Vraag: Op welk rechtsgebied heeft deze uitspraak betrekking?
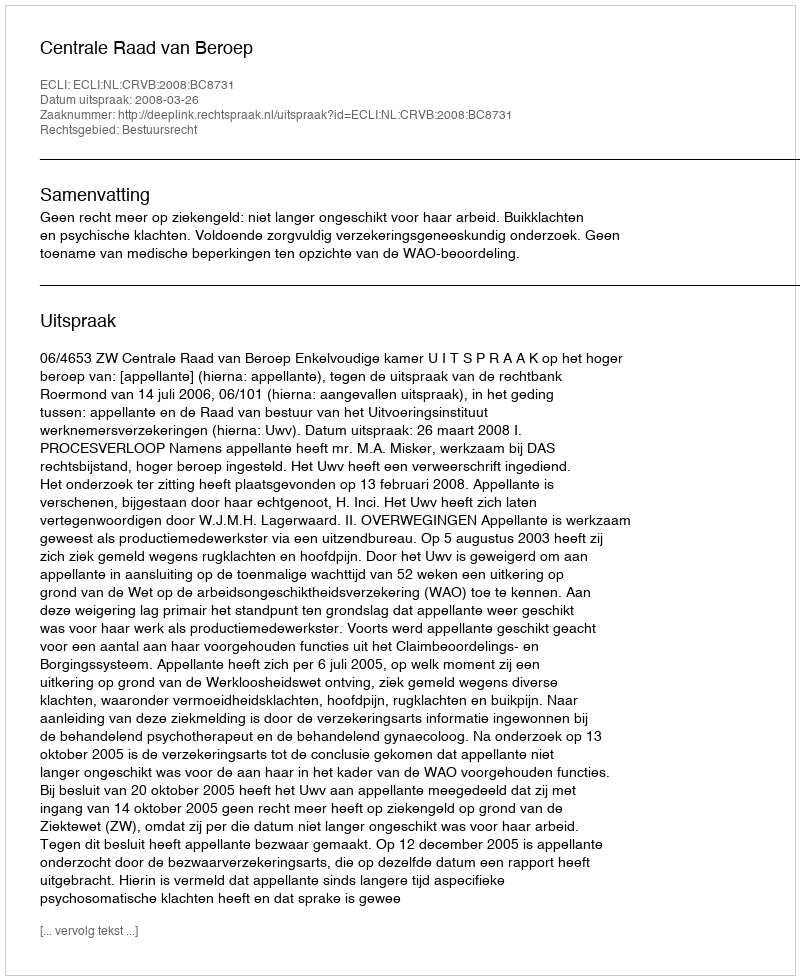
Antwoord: Bestuursrecht